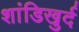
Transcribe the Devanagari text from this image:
शांडिखुर्द